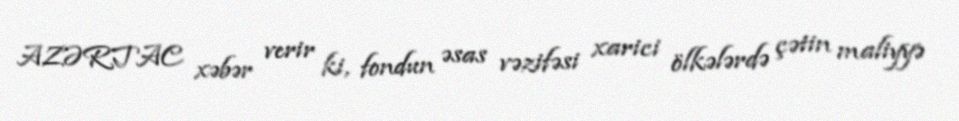
AZƏRTAC xəbər verir ki, fondun əsas vəzifəsi xarici ölkələrdə çətin maliyyə